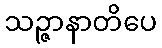
သဉ္ဇာနာတိပေ